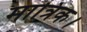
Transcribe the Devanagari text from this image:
मात्रिक।